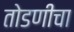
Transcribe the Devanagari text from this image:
तोडणीचा